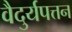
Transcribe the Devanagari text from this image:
वैदुर्यपत्तन